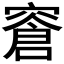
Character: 𬔎